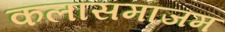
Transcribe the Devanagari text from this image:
कलासमाजम